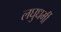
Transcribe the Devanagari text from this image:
लघुधर्मी